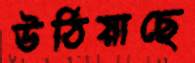
উঠিয়াছে